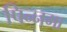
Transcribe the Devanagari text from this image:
पिन्नमा